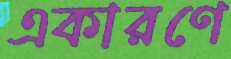
একারণে